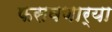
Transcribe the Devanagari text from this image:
फसवणार्‍या